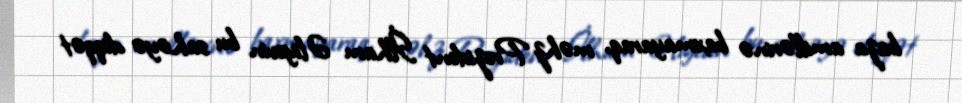
baza amillərinə baxmayaraq, məhz Prezident İlham Əliyevin bu sahəyə diqqət